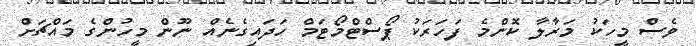
ވެސް މީހަކު މަރާލާ ކޮންމެ ފަހަރަކު ޕޯސްޓްމޯޓަމް ހަދައިގެނެއް ނޫން މީހުންގެ މައްޗަށް